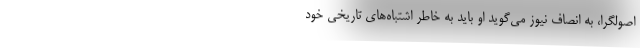
اصولگرا، به انصاف نیوز می‌گوید او باید به خاطر اشتباه‌های تاریخی خود